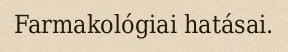
Farmakológiai hatásai.